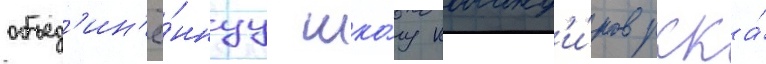
объед'ин'ё́ннуу шко́лу команд'и́ров ркка́